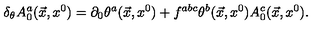
\delta _ { \theta } A _ { 0 } ^ { a } ( \vec { x } , x ^ { 0 } ) = \partial _ { 0 } \theta ^ { a } ( \vec { x } , x ^ { 0 } ) + f ^ { a b c } \theta ^ { b } ( \vec { x } , x ^ { 0 } ) A _ { 0 } ^ { c } ( \vec { x } , x ^ { 0 } ) .